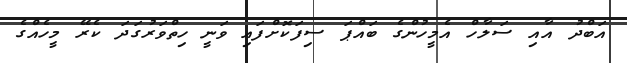
އަބްދު އާއި ސަލާހް އެމީހުންގެ ބައްޕަ ސިފަކޮށްފައި ވަނީ ހިތްވަރުގަދަ ކެރޭ މީހެއްގެ